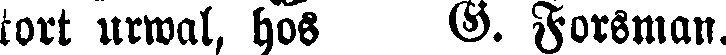
kort urwal, hos G. Forsman.